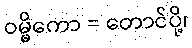
ဝမ္မိကော = တောင်ပို့၊